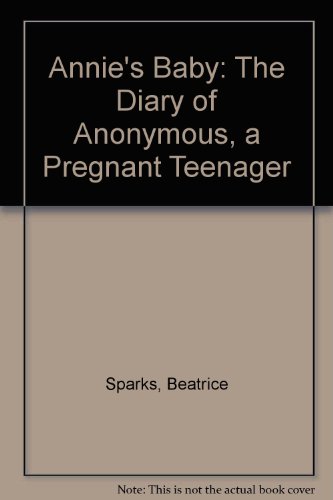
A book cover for Annie's Baby: The Diary of Anonymous, a Pregnant Teenager; Beatrice Sparks; Teen & Young Adult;